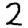
Digit: 2